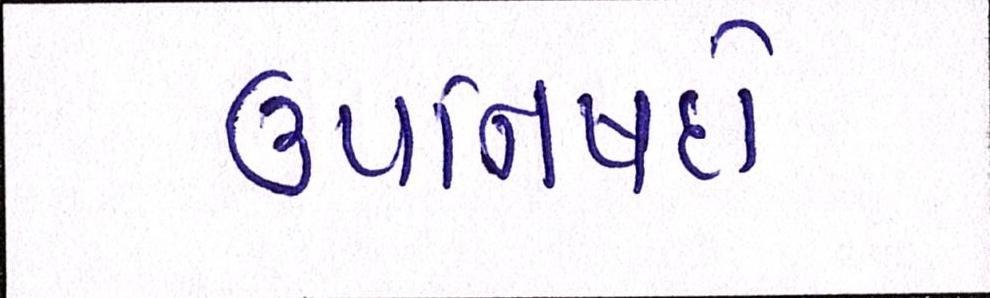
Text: ઉપનિષદો